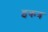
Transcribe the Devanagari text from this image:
इकत्र